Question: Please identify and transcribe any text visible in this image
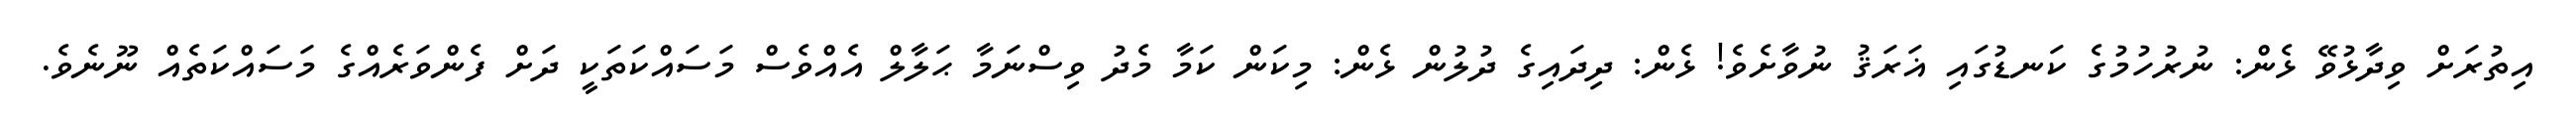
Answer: އިތުރަށް ވިދާޅުވޭ ޅެން: ނުރުހުމުގެ ކަނޑުގައި ޣަރަޤު ނުވާށެވެ! ޅެން: ދިދައިގެ ދުލުން ޅެން: މިކަން ކަމާ މެދު ވިސްނަމާ ޙަލާލް އެއްވެސް މަސައްކަތަކީ ދަށް ފެންވަރެއްގެ މަސައްކަތެއް ނޫނެވެ.